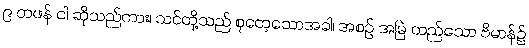
၉ တဖန် ငါ ဆိုသည်ကား၊ သင်တို့သည် စုတေ့သောအခါ၊ အစဉ် အမြဲ တည်သော ဗိမာန်၌